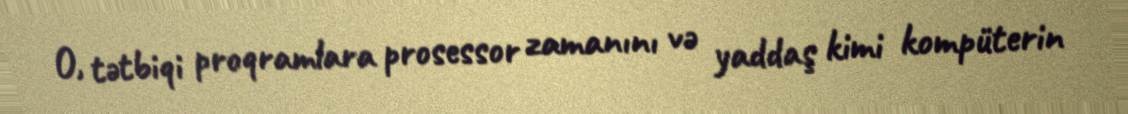
O, tətbiqi proqramlara prosessor zamanını və yaddaş kimi kompüterin